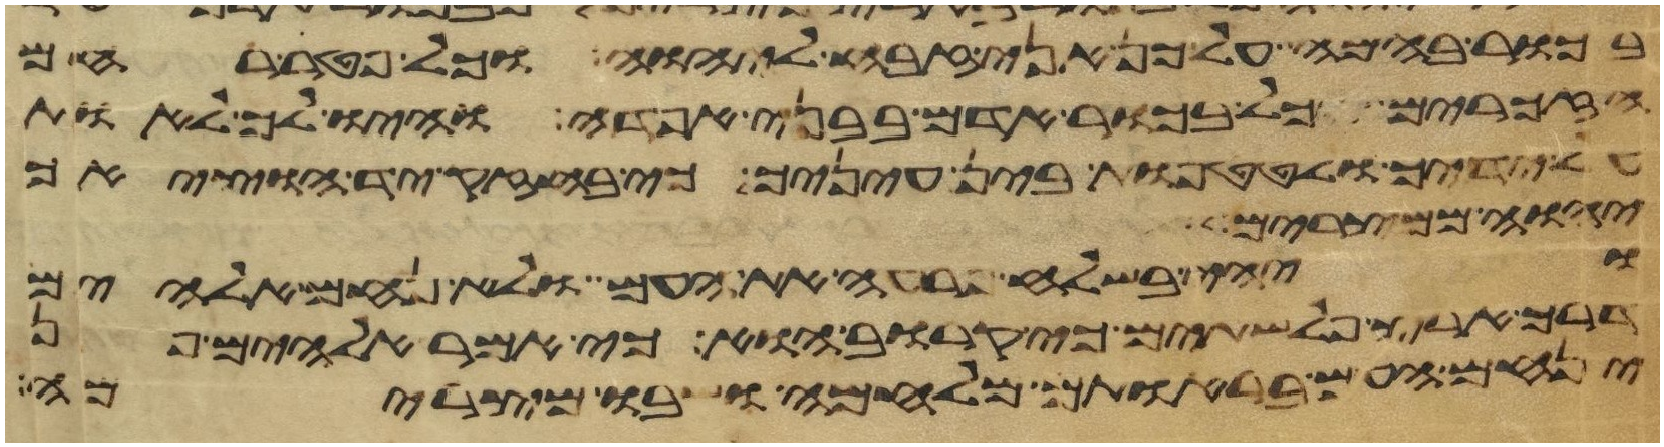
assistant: בכור בהמה על כן אני זבח ליהוה כל פטר רחם
הזכרים וכל בכור אדם בבני אפדה והיו לך לאות
על ידיך ולטטפות בין עיניך כי בחזק יד הוציאך
יהוה ממצרים
ויהי בשלח פרעה את העם ולא נחם אלהים
דרך ארץ פלשתים כי קרוב הוא כי אמר אלהים פן
ינחם העם בראותם מלחמה ושבו מצרימה